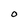
Character: O